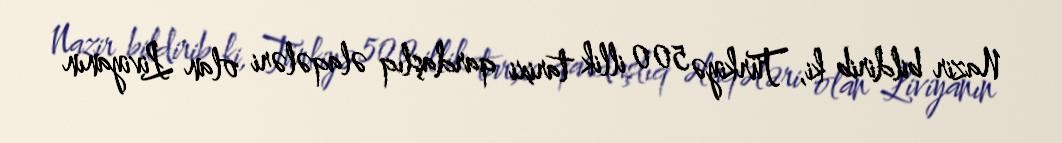
Nazir bildirib ki, Türkiyə 500 illik tarixi qardaşlıq əlaqələri olan Liviyanın